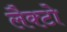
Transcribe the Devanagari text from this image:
लैक्टो